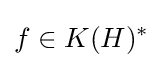
f\in K(H)^{*}